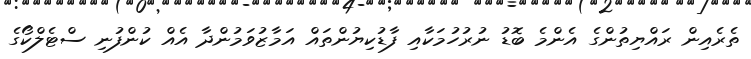
ތެރެއިން ރައްޔިތުންގެ އެންމެ ބޮޑު ނުރުހުމަކާއި ފާޑުކިޔުންތައް އަމާޒުވަމުންދާ އެއް ކުންފުނި ސްޓެލްކޯގެ